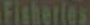
Fisheries